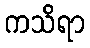
ကသိရာ